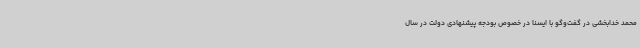
محمد خدابخشی در گفت‌وگو با ایسنا در خصوص بودجه پیشنهادی دولت در سال